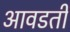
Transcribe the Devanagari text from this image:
आवडतीं